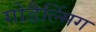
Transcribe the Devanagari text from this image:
गोडैल्मिंग